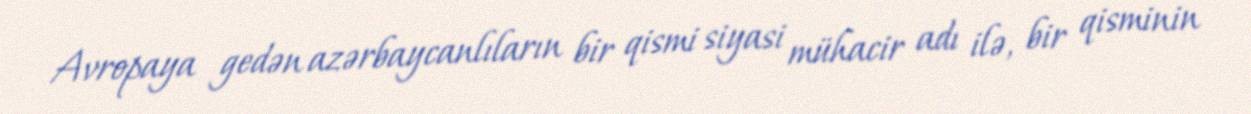
Avropaya gedən azərbaycanlıların bir qismi siyasi mühacir adı ilə, bir qisminin